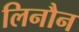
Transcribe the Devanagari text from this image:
लिनौन